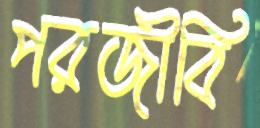
পরজীবি